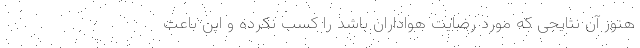
هنوز آن نتایجی که مورد رضایت هواداران باشد را کسب نکرده و این باعث